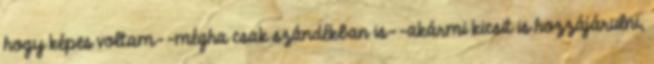
hogy képes voltam--mégha csak szándékban is--akármi kicsit is hozzájárulni,